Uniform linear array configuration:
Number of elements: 4
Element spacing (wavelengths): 0.75
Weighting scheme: binomial
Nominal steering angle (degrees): -45
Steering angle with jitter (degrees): -45.242
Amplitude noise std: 0.05
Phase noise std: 0.05

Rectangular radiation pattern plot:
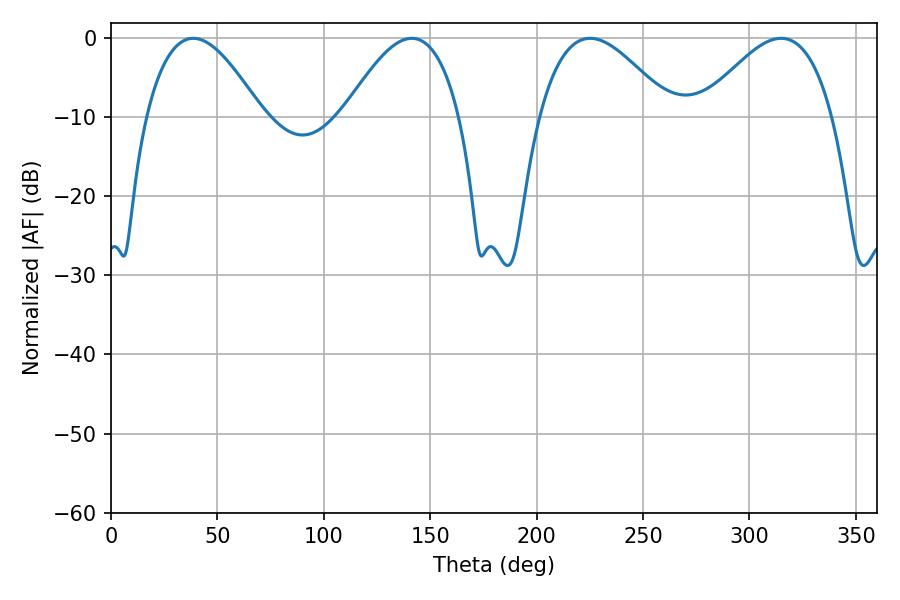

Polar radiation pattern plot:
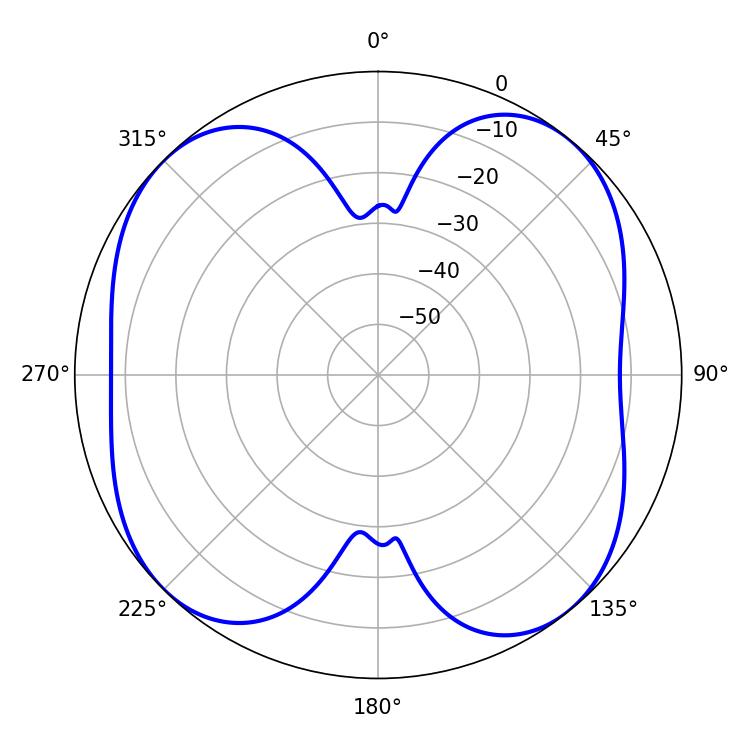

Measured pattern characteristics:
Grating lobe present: TRUE
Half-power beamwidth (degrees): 29.52
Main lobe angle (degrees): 38.7